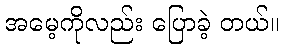
အမေ့ကိုလည်း ပြောခဲ့ တယ်။